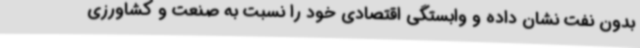
بدون نفت نشان داده و وابستگی اقتصادی خود را نسبت به صنعت و کشاورزی